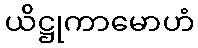
ယိဋ္ဌုကာမောဟံ